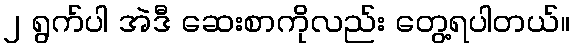
၂ ရွက်ပါ အဲဒီ ဆေးစာကိုလည်း တွေ့ရပါတယ်။